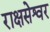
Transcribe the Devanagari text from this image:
राक्षसेश्वर